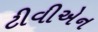
ટીવીએન